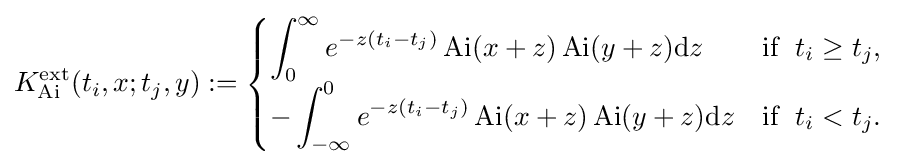
K_{\operatorname {Ai} }^{\operatorname {ext} }(t_{i},x;t_{j},y):={\begin{cases}{\displaystyle \int _{0}^{\infty }e^{-z(t_{i}-t_{j})}\operatorname {Ai} (x+z)\operatorname {Ai} (y+z)\mathrm {d} z}&{\text{if }}\;t_{i}\geq t_{j},\\{\displaystyle -\int _{-\infty }^{0}e^{-z(t_{i}-t_{j})}\operatorname {Ai} (x+z)\operatorname {Ai} (y+z)\mathrm {d} z}&{\text{if }}\;t_{i}<t_{j}.\end{cases}}